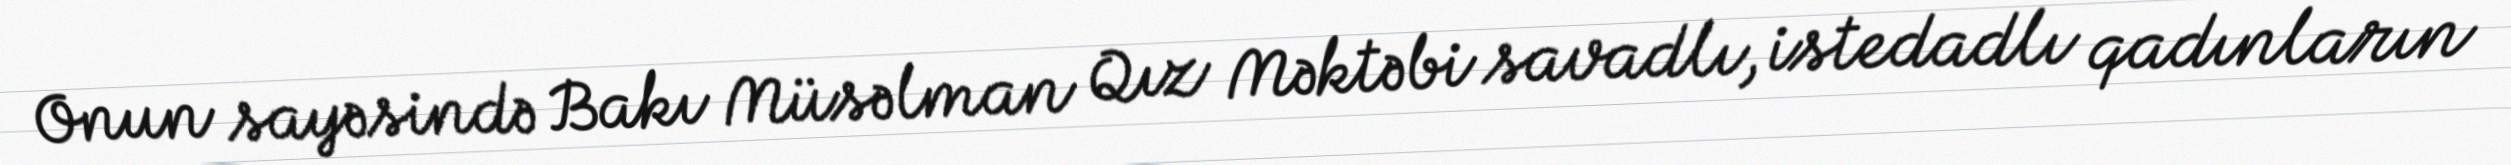
Onun sayəsində Bakı Müsəlman Qız Məktəbi savadlı, istedadlı qadınların